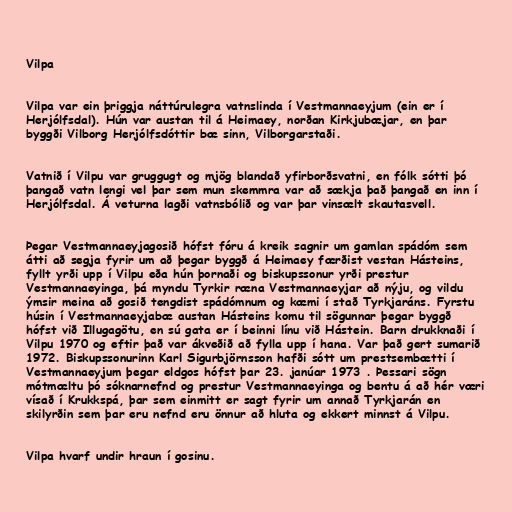
Vilpa

Vilpa var ein þriggja náttúrulegra vatnslinda í Vestmannaeyjum (ein er í
Herjólfsdal). Hún var austan til á Heimaey, norðan Kirkjubæjar, en þar
byggði Vilborg Herjólfsdóttir bæ sinn, Vilborgarstaði.

Vatnið í Vilpu var gruggugt og mjög blandað yfirborðsvatni, en fólk sótti þó
þangað vatn lengi vel þar sem mun skemmra var að sækja það þangað en inn í
Herjólfsdal. Á veturna lagði vatnsbólið og var þar vinsælt skautasvell.

Þegar Vestmannaeyjagosið hófst fóru á kreik sagnir um gamlan spádóm sem
átti að segja fyrir um að þegar byggð á Heimaey færðist vestan Hásteins,
fyllt yrði upp í Vilpu eða hún þornaði og biskupssonur yrði prestur
Vestmannaeyinga, þá myndu Tyrkir ræna Vestmannaeyjar að nýju, og vildu
ýmsir meina að gosið tengdist spádómnum og kæmi í stað Tyrkjaráns. Fyrstu
húsin í Vestmannaeyjabæ austan Hásteins komu til sögunnar þegar byggð
hófst við Illugagötu, en sú gata er í beinni línu við Hástein. Barn drukknaði í
Vilpu 1970 og eftir það var ákveðið að fylla upp í hana. Var það gert sumarið
1972. Biskupssonurinn Karl Sigurbjörnsson hafði sótt um prestsembætti í
Vestmannaeyjum þegar eldgos hófst þar 23. janúar 1973 . Þessari sögn
mótmæltu þó sóknarnefnd og prestur Vestmannaeyinga og bentu á að hér væri
vísað í Krukkspá, þar sem einmitt er sagt fyrir um annað Tyrkjarán en
skilyrðin sem þar eru nefnd eru önnur að hluta og ekkert minnst á Vilpu.

Vilpa hvarf undir hraun í gosinu.